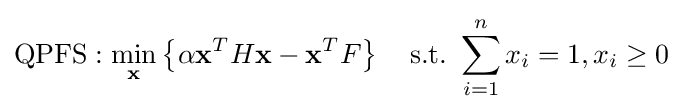
\mathrm {QPFS} :\min _{\mathbf {x} }\left\{\alpha \mathbf {x} ^{T}H\mathbf {x} -\mathbf {x} ^{T}F\right\}\quad {\mbox{s.t.}}\ \sum _{i=1}^{n}x_{i}=1,x_{i}\geq 0